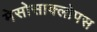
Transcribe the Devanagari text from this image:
मेसोसाक्लोपस